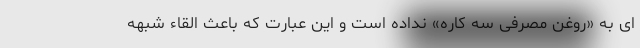
ای به «روغن مصرفی سه کاره» نداده است و این عبارت که باعث القاء شبهه